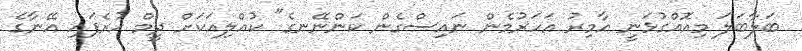
ބަލާބަލަ މިއޮއްގުޅަނީ އާމިރު އަހަރުމެން ނައިސްގެން ކަންނޭނގެ" ކުއްލިއަކަށް ދީމް ހުރެފައި އޭނާގެ